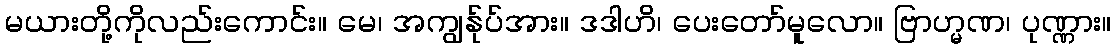
မယားတို့ကိုလည်းကောင်း။ မေ၊ အကျွန်ုပ်အား။ ဒဒါဟိ၊ ပေးတော်မူလော။ ဗြာဟ္မဏ၊ ပုဏ္ဏား။